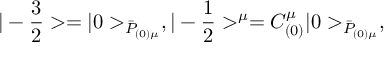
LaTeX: | - { \frac { 3 } { 2 } } > = | 0 > _ { { \bar { \cal P } } _ { ( 0 ) \mu } } , | - { \frac { 1 } { 2 } } > ^ { \mu } = { \cal C } _ { ( 0 ) } ^ { \mu } | 0 > _ { \bar { \cal P } _ { ( 0 ) \mu } } ,